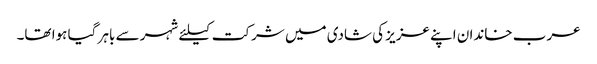
عرب خاندان اپنے عزیز کی شادی میں شرکت کیلئے شہر سے باہر گیا ہوا تھا۔